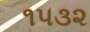
૧૫૩૨